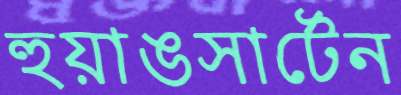
হুয়াঙসার্টেন